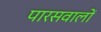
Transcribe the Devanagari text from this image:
पारसवालों